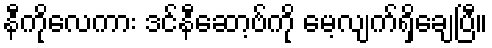
နီကိုလေကား ဒင်နီဆော့ဗ်ကို မေ့လျက်ရှိချေပြီ။